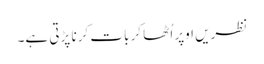
نظریں اوپر اُٹھا کر بات کرنا پڑتی ہے۔